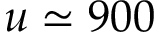
u \simeq 9 0 0